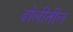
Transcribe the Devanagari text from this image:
ढोलीतील